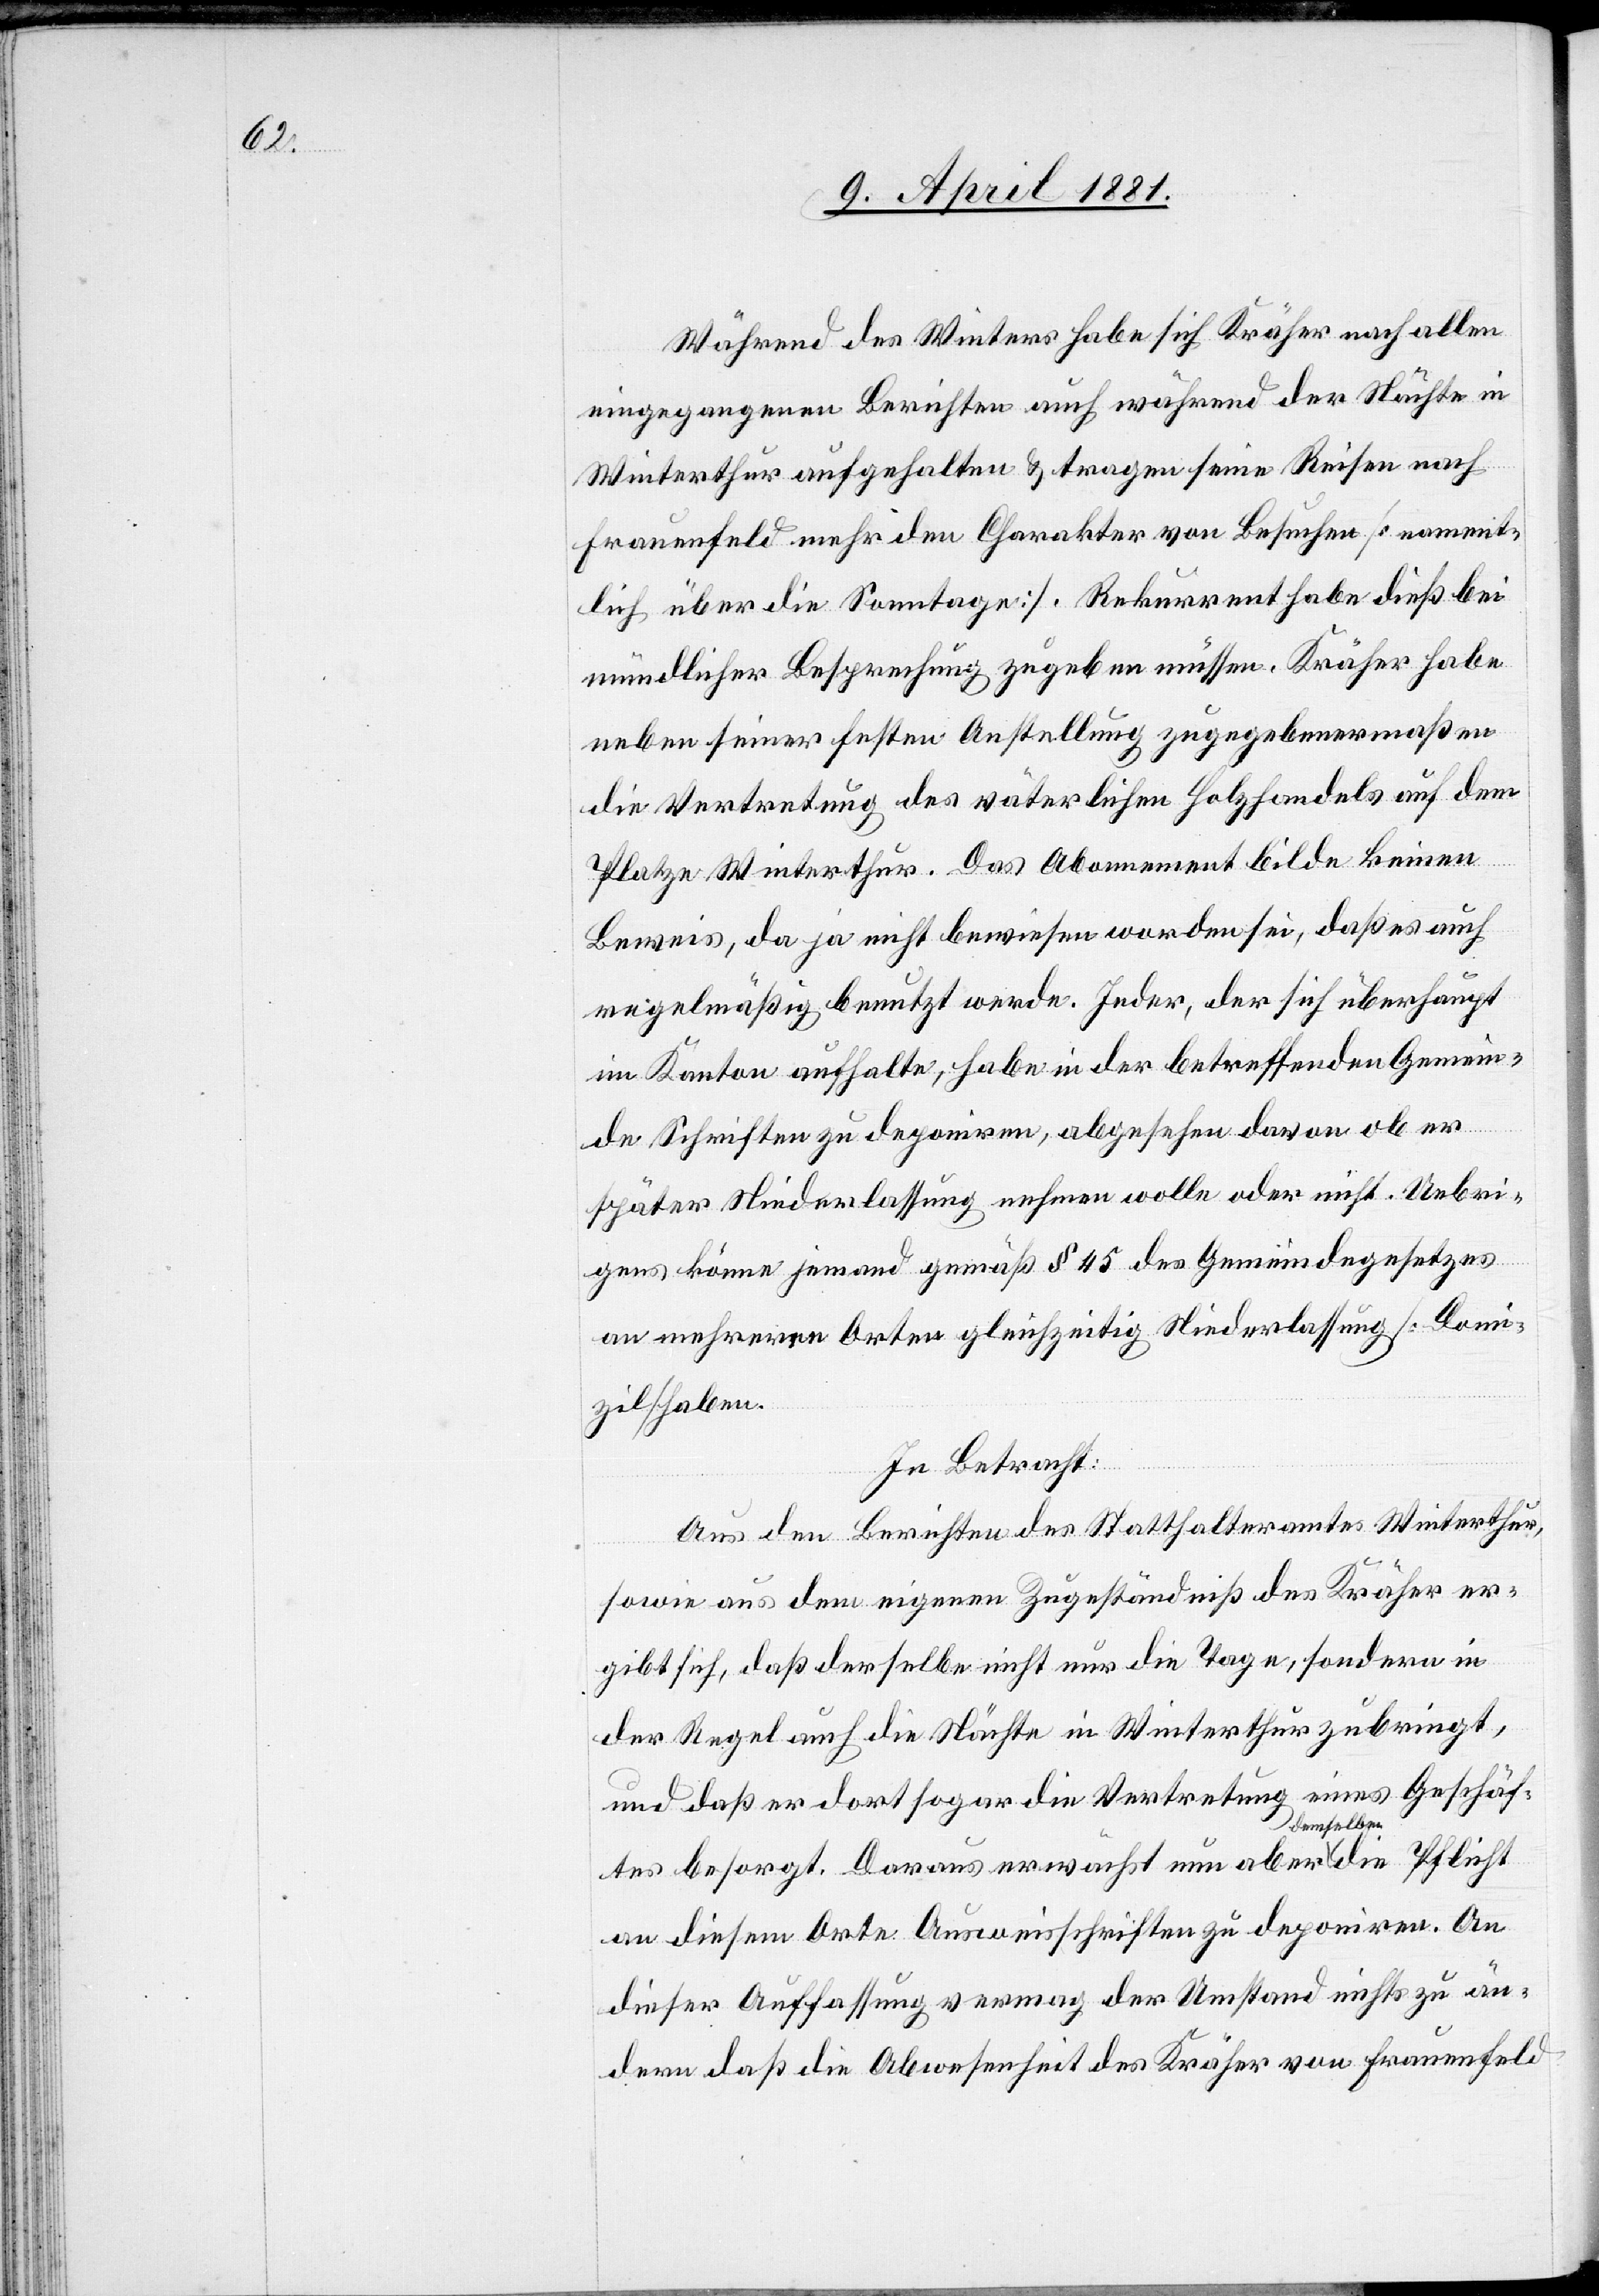
Während des Winters habe sich Kräher nach allen
eingegangenen Berichten auch während der Nächte in
Winterthur aufgehalten & tragen seine Reisen nach
Frauenfeld mehr den Charakter von Besuchen [nament¬
lich über die Sonntage]. Rekurrent habe dieß bei
mündlicher Besprechung zugeben müssen. Kräher habe
neben seiner festen Anstellung zugegebenermaßen
die Vertretung des väterlichen Holzhandels auf dem
Platze Winterthur. Das Abonnement bilde keinen
Beweis, da ja nicht bewiesen worden sei, daß es auch
regelmäßig benutzt werde. Jeder, der sich überhaupt
im Kanton aufhalte, habe in der betreffenden Gemein¬
de Schriften zu deponiren, abgesehen davon ob er
später Niederlassung nehmen wolle oder nicht. Uebri¬
gens könne jemand gemäß § 45 des Gemeindegesetzes
an mehreren Orten gleichzeitig Niederlassung [Domi¬
zil] haben.
In Betracht:
Aus den Berichten des Statthalteramtes Winterthur,
sowie aus dem eigenen Zugeständniß des Kräher er¬
gibt sich, daß derselbe nicht nur die Tage, sondern in
der Regel auch die Nächte in Winterthur zubringt,
und daß er dort sogar die Vertretung eines Geschäf¬
tes besorgt. Daraus erwächst nun aber demselben die Pflicht
an diesem Orte Ausweisschriften zu deponiren. An
dieser Auffassung vermag der Umstand nichts zu än¬
dern daß die Abwesenheit des Kräher von Frauenfeld